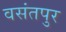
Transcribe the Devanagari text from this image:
वसंतपुर